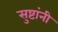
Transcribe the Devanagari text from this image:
सुष्टांनी